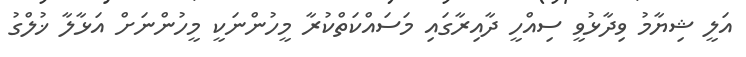
އަލީ ޝިޔާމު ވިދާޅުވީ ސިއްހީ ދާއިރާގައި މަސައްކަތްކުރާ މީހުންނަކީ މީހުންނަށް އަޅާލާ ޚުލްގު